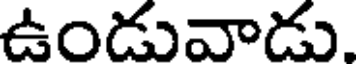
ఉండువాడు.